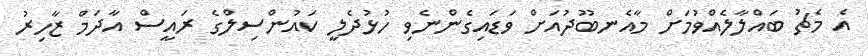
އެ މެޗު ބައްލާލެއްވުމަށް މާއެނބޫދުއަށް ވަޑައިގެންނެވި ހުޅުދެލީ ކައުންސިލްގެ ރައީސް އާދަމް ޒާހިރު